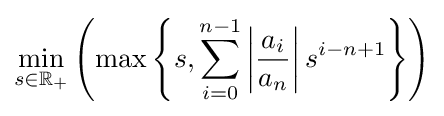
\min _{s\in \mathbb {R} _{+}}\left(\max \left\{s,\sum _{i=0}^{n-1}\left|{\frac {a_{i}}{a_{n}}}\right|s^{i-n+1}\right\}\right)